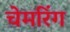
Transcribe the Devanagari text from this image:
चेमरिंग